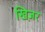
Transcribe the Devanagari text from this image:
खिज़र